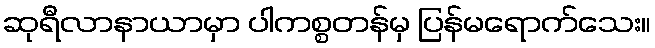
ဆုရီလာနာယာမှာ ပါကစ္စတန်မှ ပြန်မရောက်သေး။